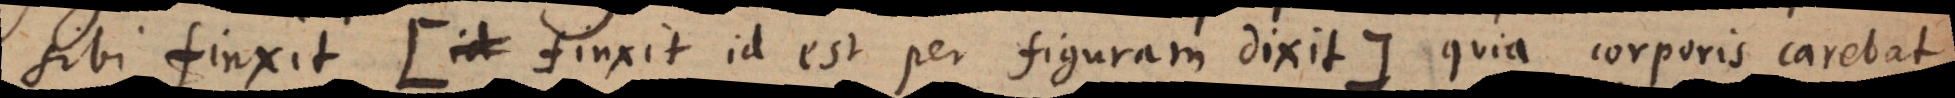
sibi finxit (: finxit id est per figuram dixit:) quia corporis carebat